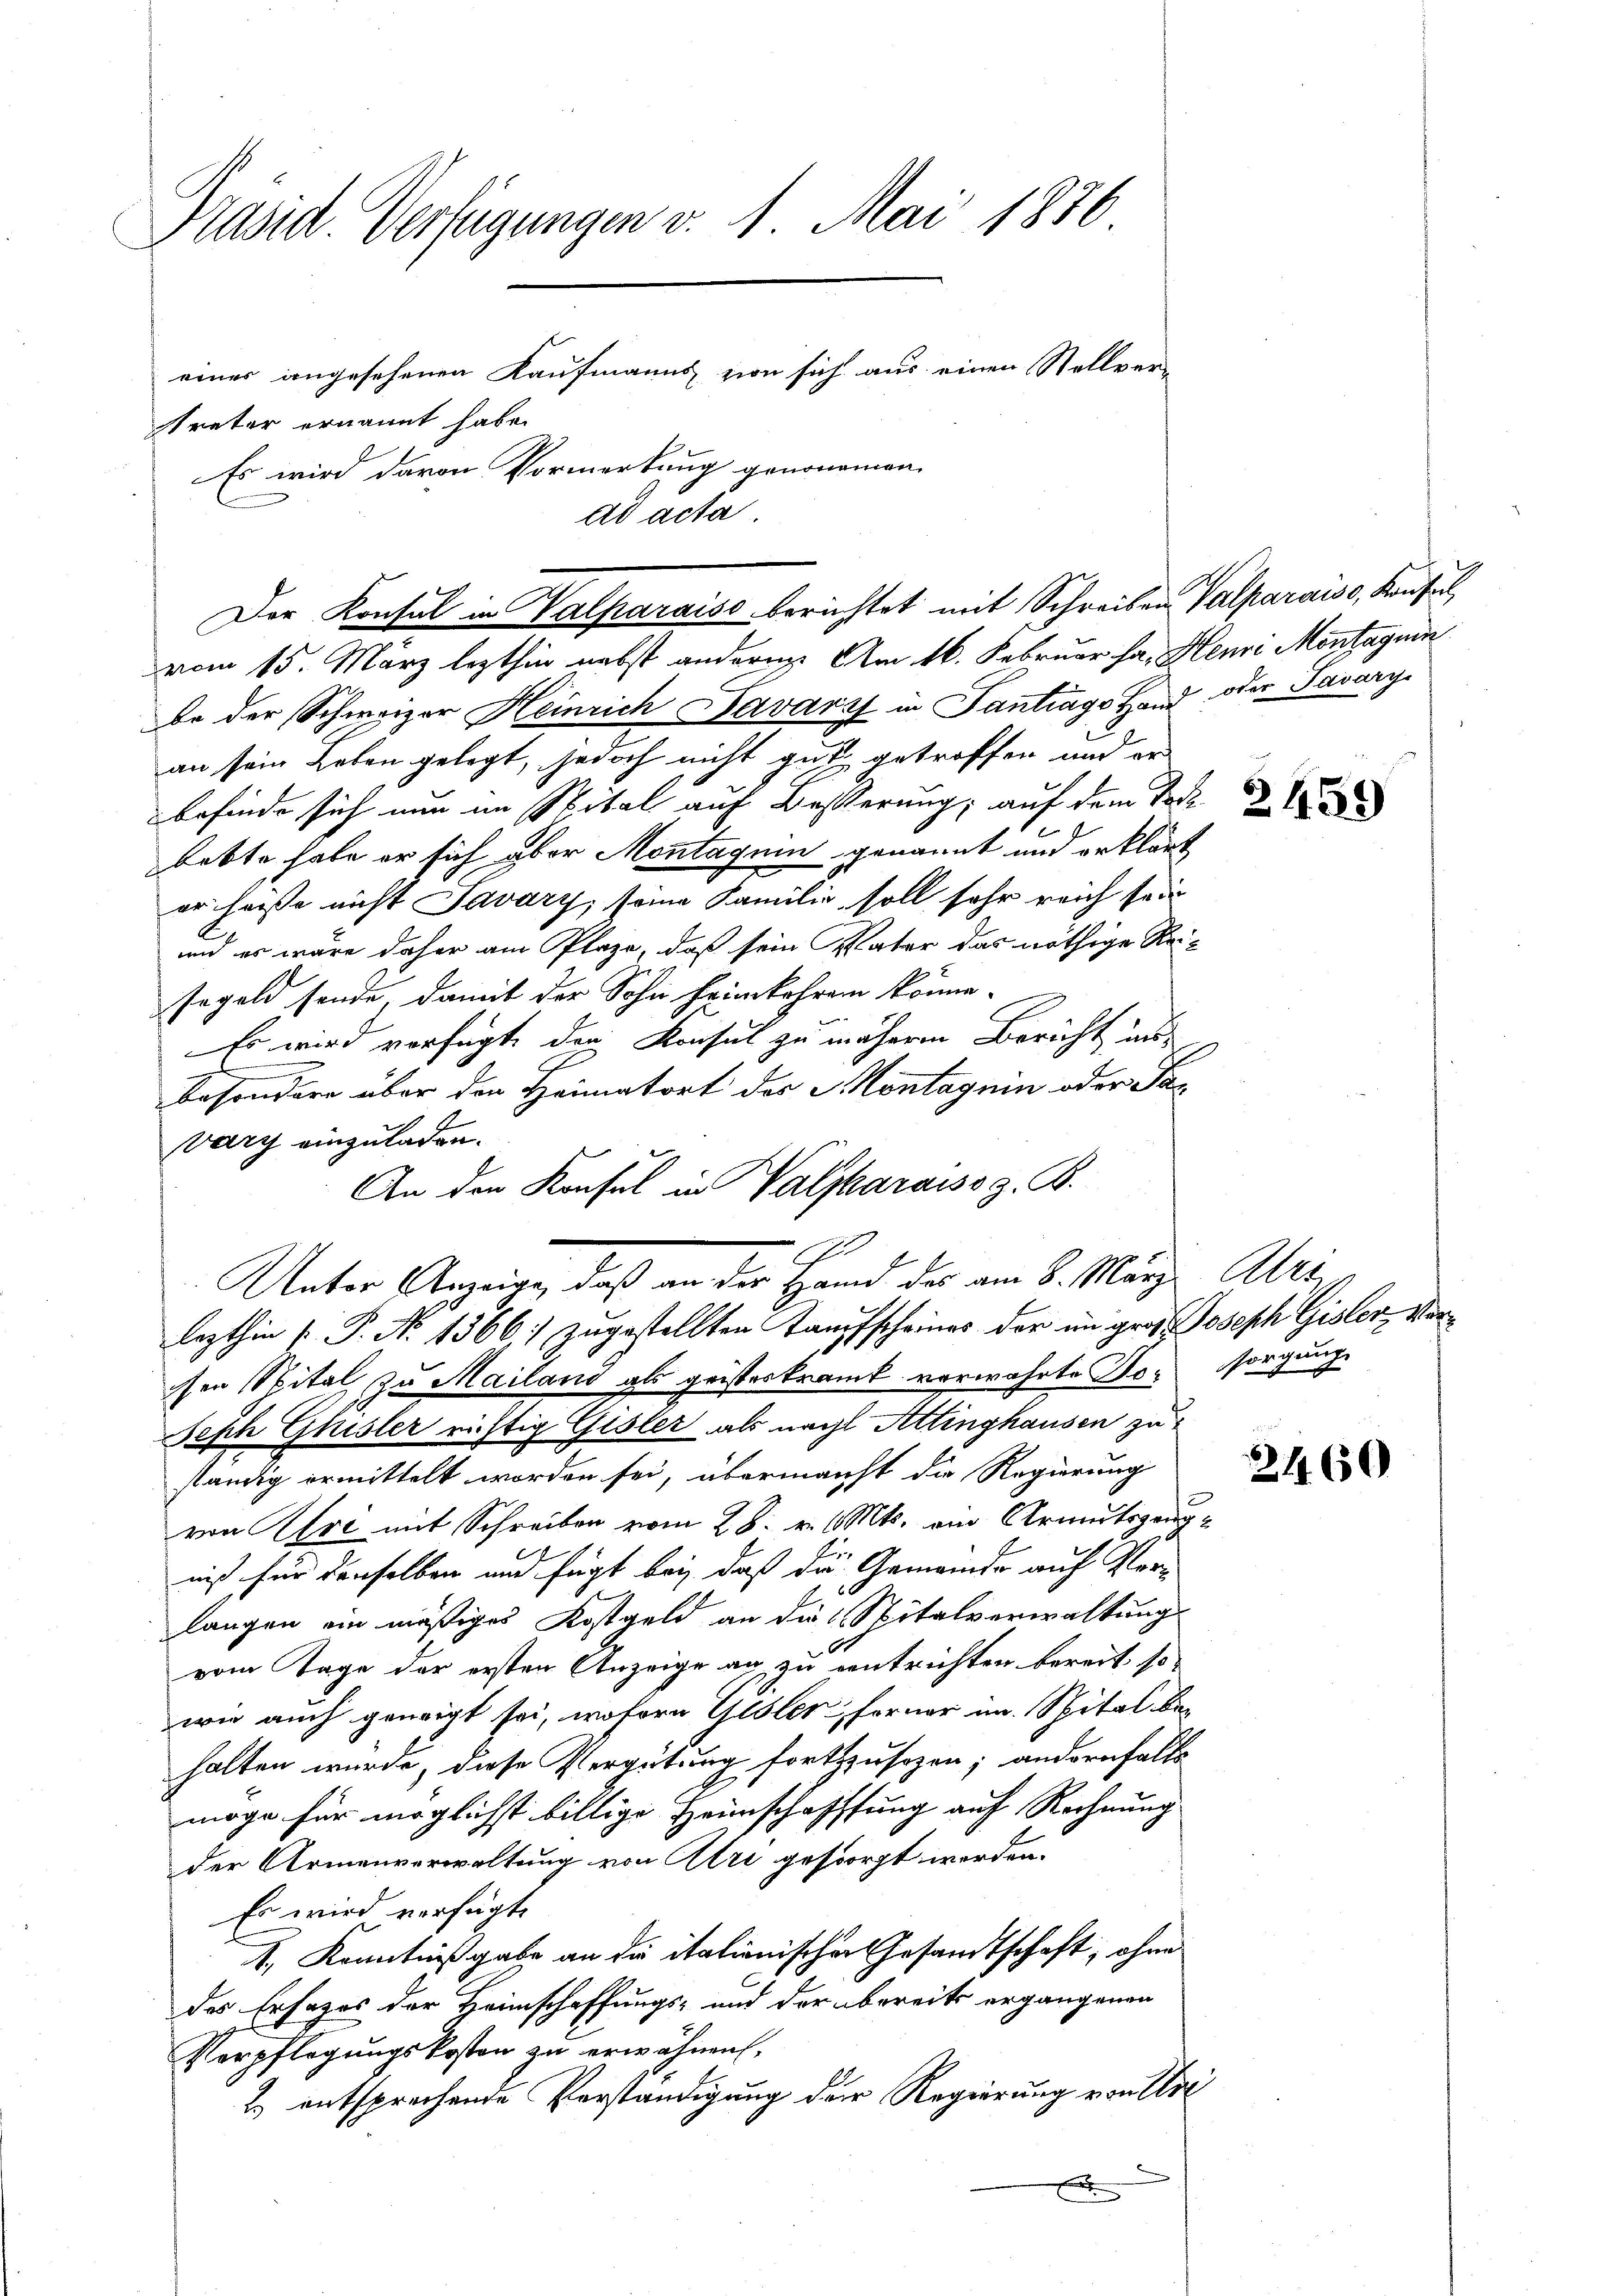
Präsid. Verfügungen v. 1. Mai 1876
einer angesehenen Kaufmanns von sich aus einen Stellvertreter ernannt habe.
Es wird davon Vormerkung genommen,
ad acta

vom 15. März lezthin nebst andern. Am 16. Februar ha, Henri Montagiin
be der Schweizer Heinrich Savarz in Santrage Hand oder Savary-
an sein Leben gelegt, jedoch nicht gut getroffen und er
befinde sich nun im Spital auf Besserung; auf dem Tor
bette habe er sich aber Montagnin genannt und erklärt
er hasse nicht Savary, seine Familie soll sehr reich sein
und es wäre daher am Plaze, daß sein Vater das nöthige Resegeld sonde, damit der Sohn heimkehren könne.
Es wird verfügt den Konsul zu näheren Bericht aus
besondere über den Heimatort der Montagnin oder Paváry einzuladen.
lezthin  P. No 1566. zugestellten Taufscheines der im groß Joseph Gisler Verchen Spital zu Mailand als geisteskramt verwahrte Jo- sorgung
Seph Gisler richtig Gisler als nachl Attinghausen zu
ständig ermittelt worden sei, übermacht die Regierung
von Art mit Schreiben vom 28. v. Mts. ein Armutszeugniß für denselben und fügt bei, daß die Gemeinde auf Verlangen ein mäßiges Kostgeld an die Spitalverwaltung
vom Tage der ersten Anzeige an zu entrichten bereit so
wie auch geneigt sei, wofern Gisler, ferner im Spital behalten wurde, diese Vergütung fortzzusozen; andernfalls
möge für möglichst billige Heimschaffung auf Rechnung
der Armenverwaltung von Uri gesorgt werden.
Es wird verfügt,
I., Kenntnißgabe an die italionischer Gesandtschaft, ohne
des Erfages der Heimschaffungs- und der bereits ergangenen
Verpflegungskosten zu erwähnen.
2 entsprechende Vorständigung der Regierung von Urx

Der Konsul in Valparaiso berichtet mit Schreiben Valparaise, Konsul

An den Konsul in Valmaraiss z. B.
2
e
Unter Anzeige, daß an der Hand des am 8. März Abri

8.

2459

2460